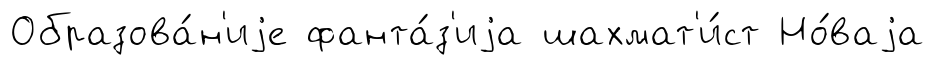
Образова́н'иjе фанта́з'иjа шахмат'и́ст Но́ваjа